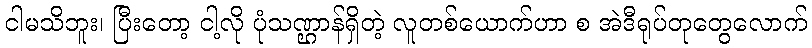
ငါမသိဘူး၊ ပြီးတော့ ငါ့လို ပုံသဏ္ဌာန်ရှိတဲ့ လူတစ်ယောက်ဟာ စ အဲဒီရုပ်တုတွေလောက်